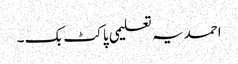
احمدیہ تعلیمی پاکٹ بک ۔